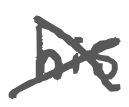
Text: his
Cross-out: cross
Writing tool: digital_gray